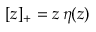
{ [ z ] _ { + } = z \, \eta ( z ) }